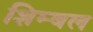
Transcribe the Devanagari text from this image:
शिम्बल